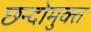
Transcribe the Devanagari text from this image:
छन्दोमुक्त